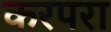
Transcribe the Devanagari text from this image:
करपरा